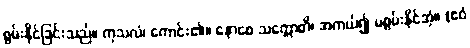
စွမ်းနိုင်ခြင်းသည်။ ကုသလံ၊ ကောင်း၏။ နောစေ သက္ကောတိ၊ အကယ်၍ မစွမ်းနိုင်အံ့။ (ဧဝံ